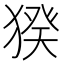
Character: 猤